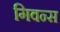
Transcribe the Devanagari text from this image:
गिवन्स